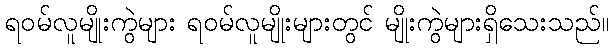
ရဝမ်လူမျိုးကွဲများ ရဝမ်လူမျိုးများတွင် မျိုးကွဲများရှိသေးသည်။